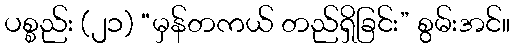
ပစ္စည်း (၂၁) “မှန်တကယ် တည်ရှိခြင်း” စွမ်းအင်။